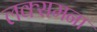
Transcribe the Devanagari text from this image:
लक्समना